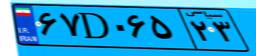
۶۷D۰۶۵۲۳